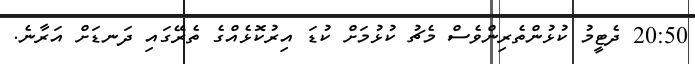
20:50 ދެޓީމު ކުޅުންތެރިންވެސް މެޗު ކުޅުމަށް ކުޑަ އިރުކޮޅެއްގެ ތެރޭގައި ދަނޑަށް އަރާނެ.